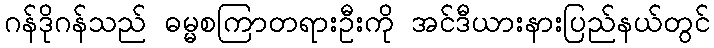
ဂန်ဒိုဂန်သည် ဓမ္မစကြာတရားဦးကို အင်ဒီယားနားပြည်နယ်တွင်